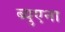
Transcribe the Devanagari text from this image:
ब्युएना